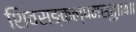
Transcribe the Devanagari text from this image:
शिवसङ्कल्पमस्तु॥४॥